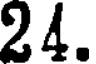
24.